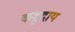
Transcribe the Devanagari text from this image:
कद्रुदाय